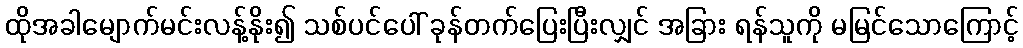
ထိုအခါမျောက်မင်းလန့်နိုး၍ သစ်ပင်ပေါ် ခုန်တက်ပြေးပြီးလျှင် အခြား ရန်သူကို မမြင်သောကြောင့်